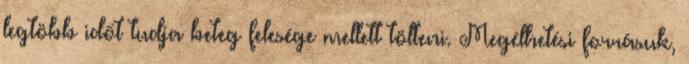
legtöbb időt tudja beteg felesége mellett tölteni. Megélhetési forrásuk,